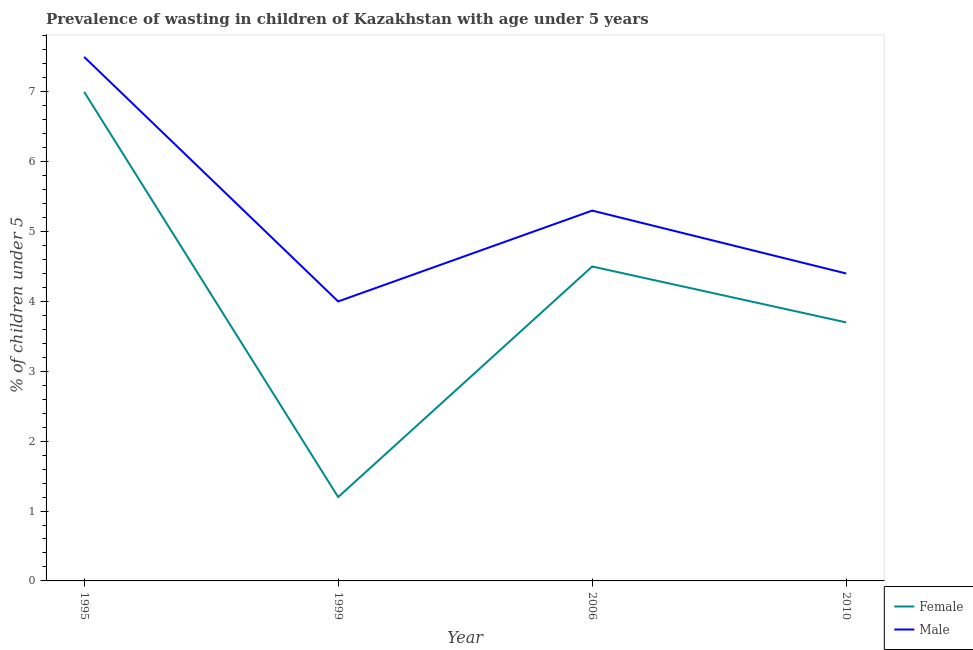
| Year | Female | Male |
 | --- | --- | --- |
 | 1995 | 7 | 7.5 |
 | 1999 | 1.2 | 4 |
 | 2006 | 4.5 | 5.3 |
 | 2010 | 3.7 | 4.4 |